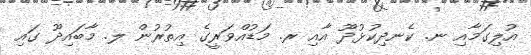
އުލިގަމާއި ނ. ކެނދިކުޅުދޫ އާއި ރ. މަޑުއްވަރީގެ އިތުރުން ލ. މާބައިދޫ ގައި